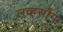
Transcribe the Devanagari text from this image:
लव्हसाँग